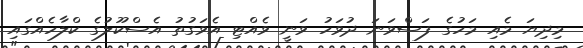
މިދިޔަ މެއި މަހުގެ ފަސްވަނަ ދުވަހު ވަނީ ވެއްޓި އެވަގުތު އެސްކޫލުގެ ކްލާހެއްގައި